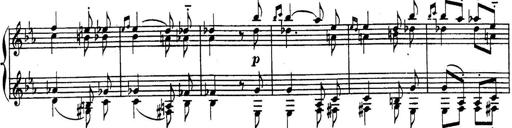
Title: Sonatina for Piano
Composer: BÃ©la BartÃ³k